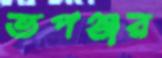
ভপঞ্জর